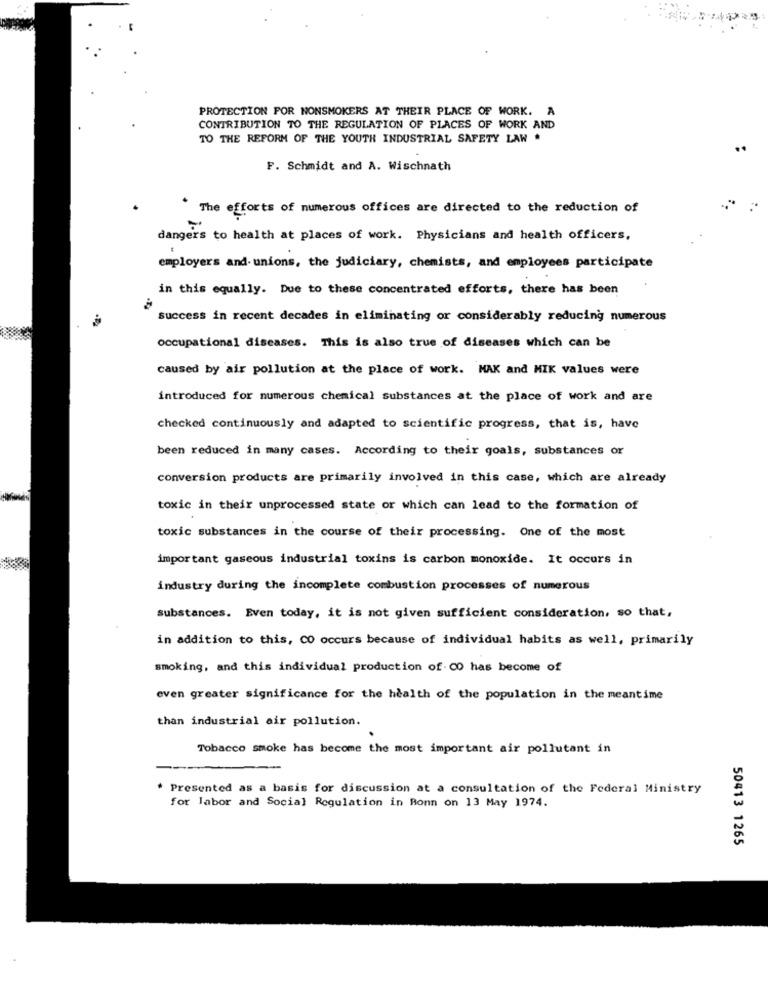
PROTECTION FOR NONSMOKERS AT THEIR PLACE OF WORK. A
CONTRIBUTION TO THE REGULATION OF PLACES OF WORK AND
TO THE REFORM OF THE YOUTH INDUSTRIAL SAFETY LAW .
F. Schmidt and A. Wischnath
The efforts of numerous offices are directed to the reduction of
dangers to health at places of work. Physicians and health officers,
employers and-unions, the judiciary, chemists, and employees participate
in this equally. Due to these concentrated efforts, there has been
success in recent decades in eliminating or considerably reducing numerous
occupational diseases. This is also true of diseases which can be
caused by air pollution at the place of work. MAK and MIK values were
introduced for numerous chemical substances at the place of work and are
checked continuously and adapted to scientific progress, that is, have
been reduced in many cases. According to their goals, substances or
conversion products are primarily involved in this case, which are already
toxic in their unprocessed state or which can lead to the formation of
toxic substances in the course of their processing. One of the most
important gaseous industrial toxins is carbon monoxide. It occurs in
industry during the incomplete combustion processes of numerous
substances. Even today, it is not given sufficient consideration, so that,
in addition to this, CO occurs because of individual habits as well, primarily
smoking, and this individual production of CO has become of
even greater significance for the health of the population in the meantime
than industrial air pollution.
Tobacco smoke has become the most important air pollutant in
* Presented as a basis for discussion at a consultation of the Federal Ministry
for labor and Social Regulation in Bonn on 13 May 1974.
50413 1265